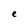
Character: e